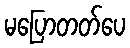
မပြောတတ်ပေ